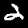
Digit: 2